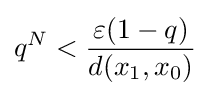
q^{N}<{\frac {\varepsilon (1-q)}{d(x_{1},x_{0})}}